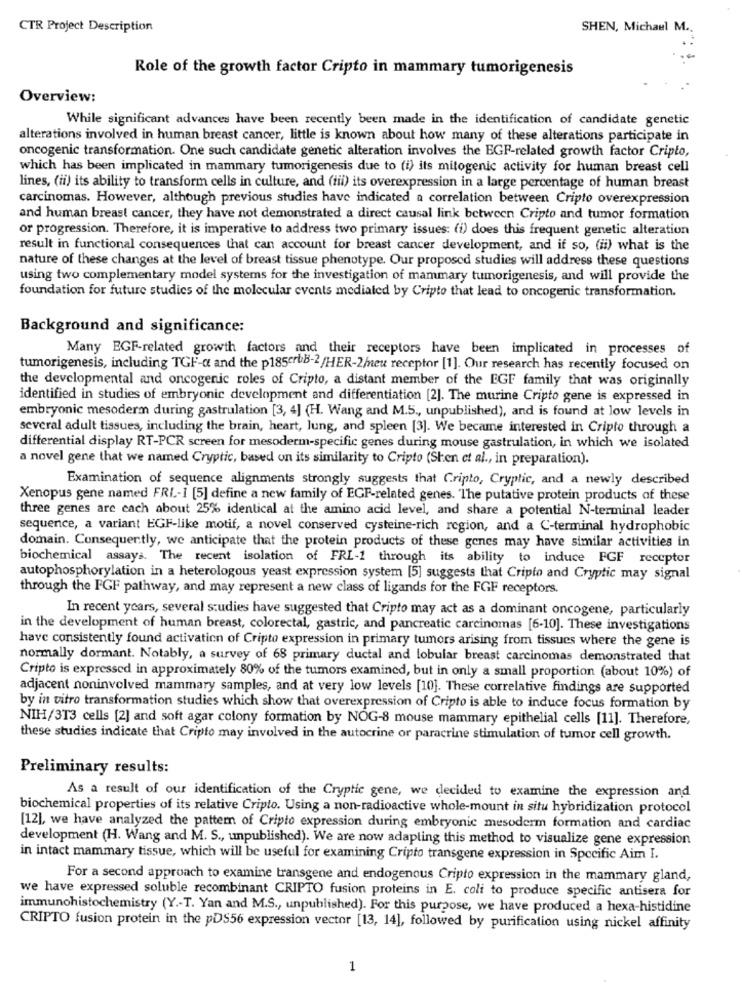
CTR Project Description
SHEN, Michael M.
Role of the growth factor Cripto in mammary tumorigenesis
Overview:
While significant advances have been recently been made in the identification of candidate genetic
alterations involved in human breast cancer, little is known about how many of these alterations participate in
oncogenic transformation. One such candidate genetic alteration involves the EGF-related growth factor Cripto,
which has been implicated in mammary tumorigenesis due to (i) its mitogenic activity for human breast cell
lines, (ii) its ability to transform cells in culture, and (iii) its overexpression in a large percentage of human breast
carcinomas. However, although previous studies have indicated a correlation between Cripto overexpression
and human breast cancer, they have not demonstrated a direct causal link between Cripto and tumor formation
or progression. Therefore, it is imperative to address two primary issues: (i) does this frequent genetic alteration
result in functional consequences that can account for breast cancer development, and if so, (ii) what is the
nature of these changes at the level of breast tissue phenotype. Our proposed studies will address these questions
using two complementary model systems for the investigation of mammary tumorigenesis, and will provide the
foundation for future studies of the molecular events medialed by Cripto that lead to oncogenic transformation.
Background and significance:
Many EGF-related growth factors and their receptors have been implicated in processes of
tumorigenesis, including TGF-a and the p18sertB-2/HER-2/neu receptor [1]. Our research has recently focused on
the developmental and oncogenic roles of Cripto, a distant member of the EGF family that was originally
identified in studies of embryonic development and differentiation [2]. The murine Cripto gene is expressed in
embryonic mesoderm during gastrulation [3, 4] (H. Wang and M.5 ., unpublished), and is found at low levels in
several adult tissues, including the brain, heart, lung, and spleen [3]. We became interested in Cripto through a
differential display RT-PCR screen for mesoderm-specific genes during mouse gastrulation, in which we isolated
a novel gene that we named Cryptic, based on its similarity to Cripto (Shen et al ., in preparation).
Examination of sequence alignments strongly suggests that Cripto, Cryptic, and a newly described
Xenopus gene named FRI-1 [5] define a new family of EGF-related genes. The putative protein products of these
three genes are cach about 25% identical at the amino acid level, and share a potential N-terminal leader
sequence, a variant EGF-like motif, a novel conserved cysteine-rich region, and a C-terminal hydrophobic
domain. Consequently, we anticipate that the protein products of these genes may have similar activities in
biochemical assays. The recent isolation of FRI-1 through its ability to induce FGF receptor
autophosphorylation in a heterologous yeast expression system [5] suggests that Cripto and Cryptic may signal
through the FGF pathway, and may represent a new class of ligands for the FGF receptors.
In recent years, several studies have suggested that Cripto may act as a dominant oncogene, particularly
in the development of human breast, colorectal, gastric, and pancreatic carcinomas [6-10]. These investigations
have consistently found activation of Cripto expression in primary tumors arising from tissues where the gene is
normally dormant. Notably, a survey of 68 primary ductal and lobular breast carcinomas demonstrated that
Cripto is expressed in approximately 80% of the tumors examined, but in only a small proportion (about 10%) of
adjacent noninvolved mammary samples, and at very low levels [10]. These correlative findings are supported
by in vitro transformation studies which show that overexpression of Cripto is able to induce focus formation by
NIH/3T3 cells [2] and soft agar colony formation by NOG-8 mouse mammary epithelial cells [11]. Therefore,
these studies indicate that Cripto may involved in the autocrine or paracrine stimulation of tumor cell growth.
Preliminary results:
As a result of our identification of the Cryptic gene, we decided to examine the expression and
biochemical properties of its relative Cripto. Using a non-radioactive whole-mount in situ hybridization protocol
[12], we have analyzed the pattern of Cripto expression during embryonic mesoderm formation and cardiac
development (H. Wang and M. S ., unpublished). We are now adapting this method to visualize gene expression
in intact mammary tissue, which will be useful for examining Cripto transgene expression in Specific Aim I.
For a second approach to examine transgene and endogenous Cripto expression in the mammary gland,
we have expressed soluble recombinant CRIPTO fusion proteins in E. coli to produce specific antisera for
immunohistochemistry (Y .- T. Yan and M.S ., unpublished). For this purpose, we have produced a hexa-histidine
CRIPTO fusion protein in the pDS56 expression vector [13, 14], followed by purification using nickel affinity
1